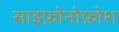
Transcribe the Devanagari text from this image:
साइफ़ोनोफ़ोश